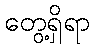
တွေ့ရှိရာ